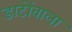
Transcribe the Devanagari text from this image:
डाटोंवाला